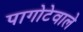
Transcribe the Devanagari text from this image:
पागोटेवाले